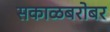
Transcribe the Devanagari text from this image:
सकाळबरोबर